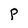
Character: P